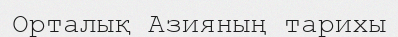
Орталық Азияның тарихы